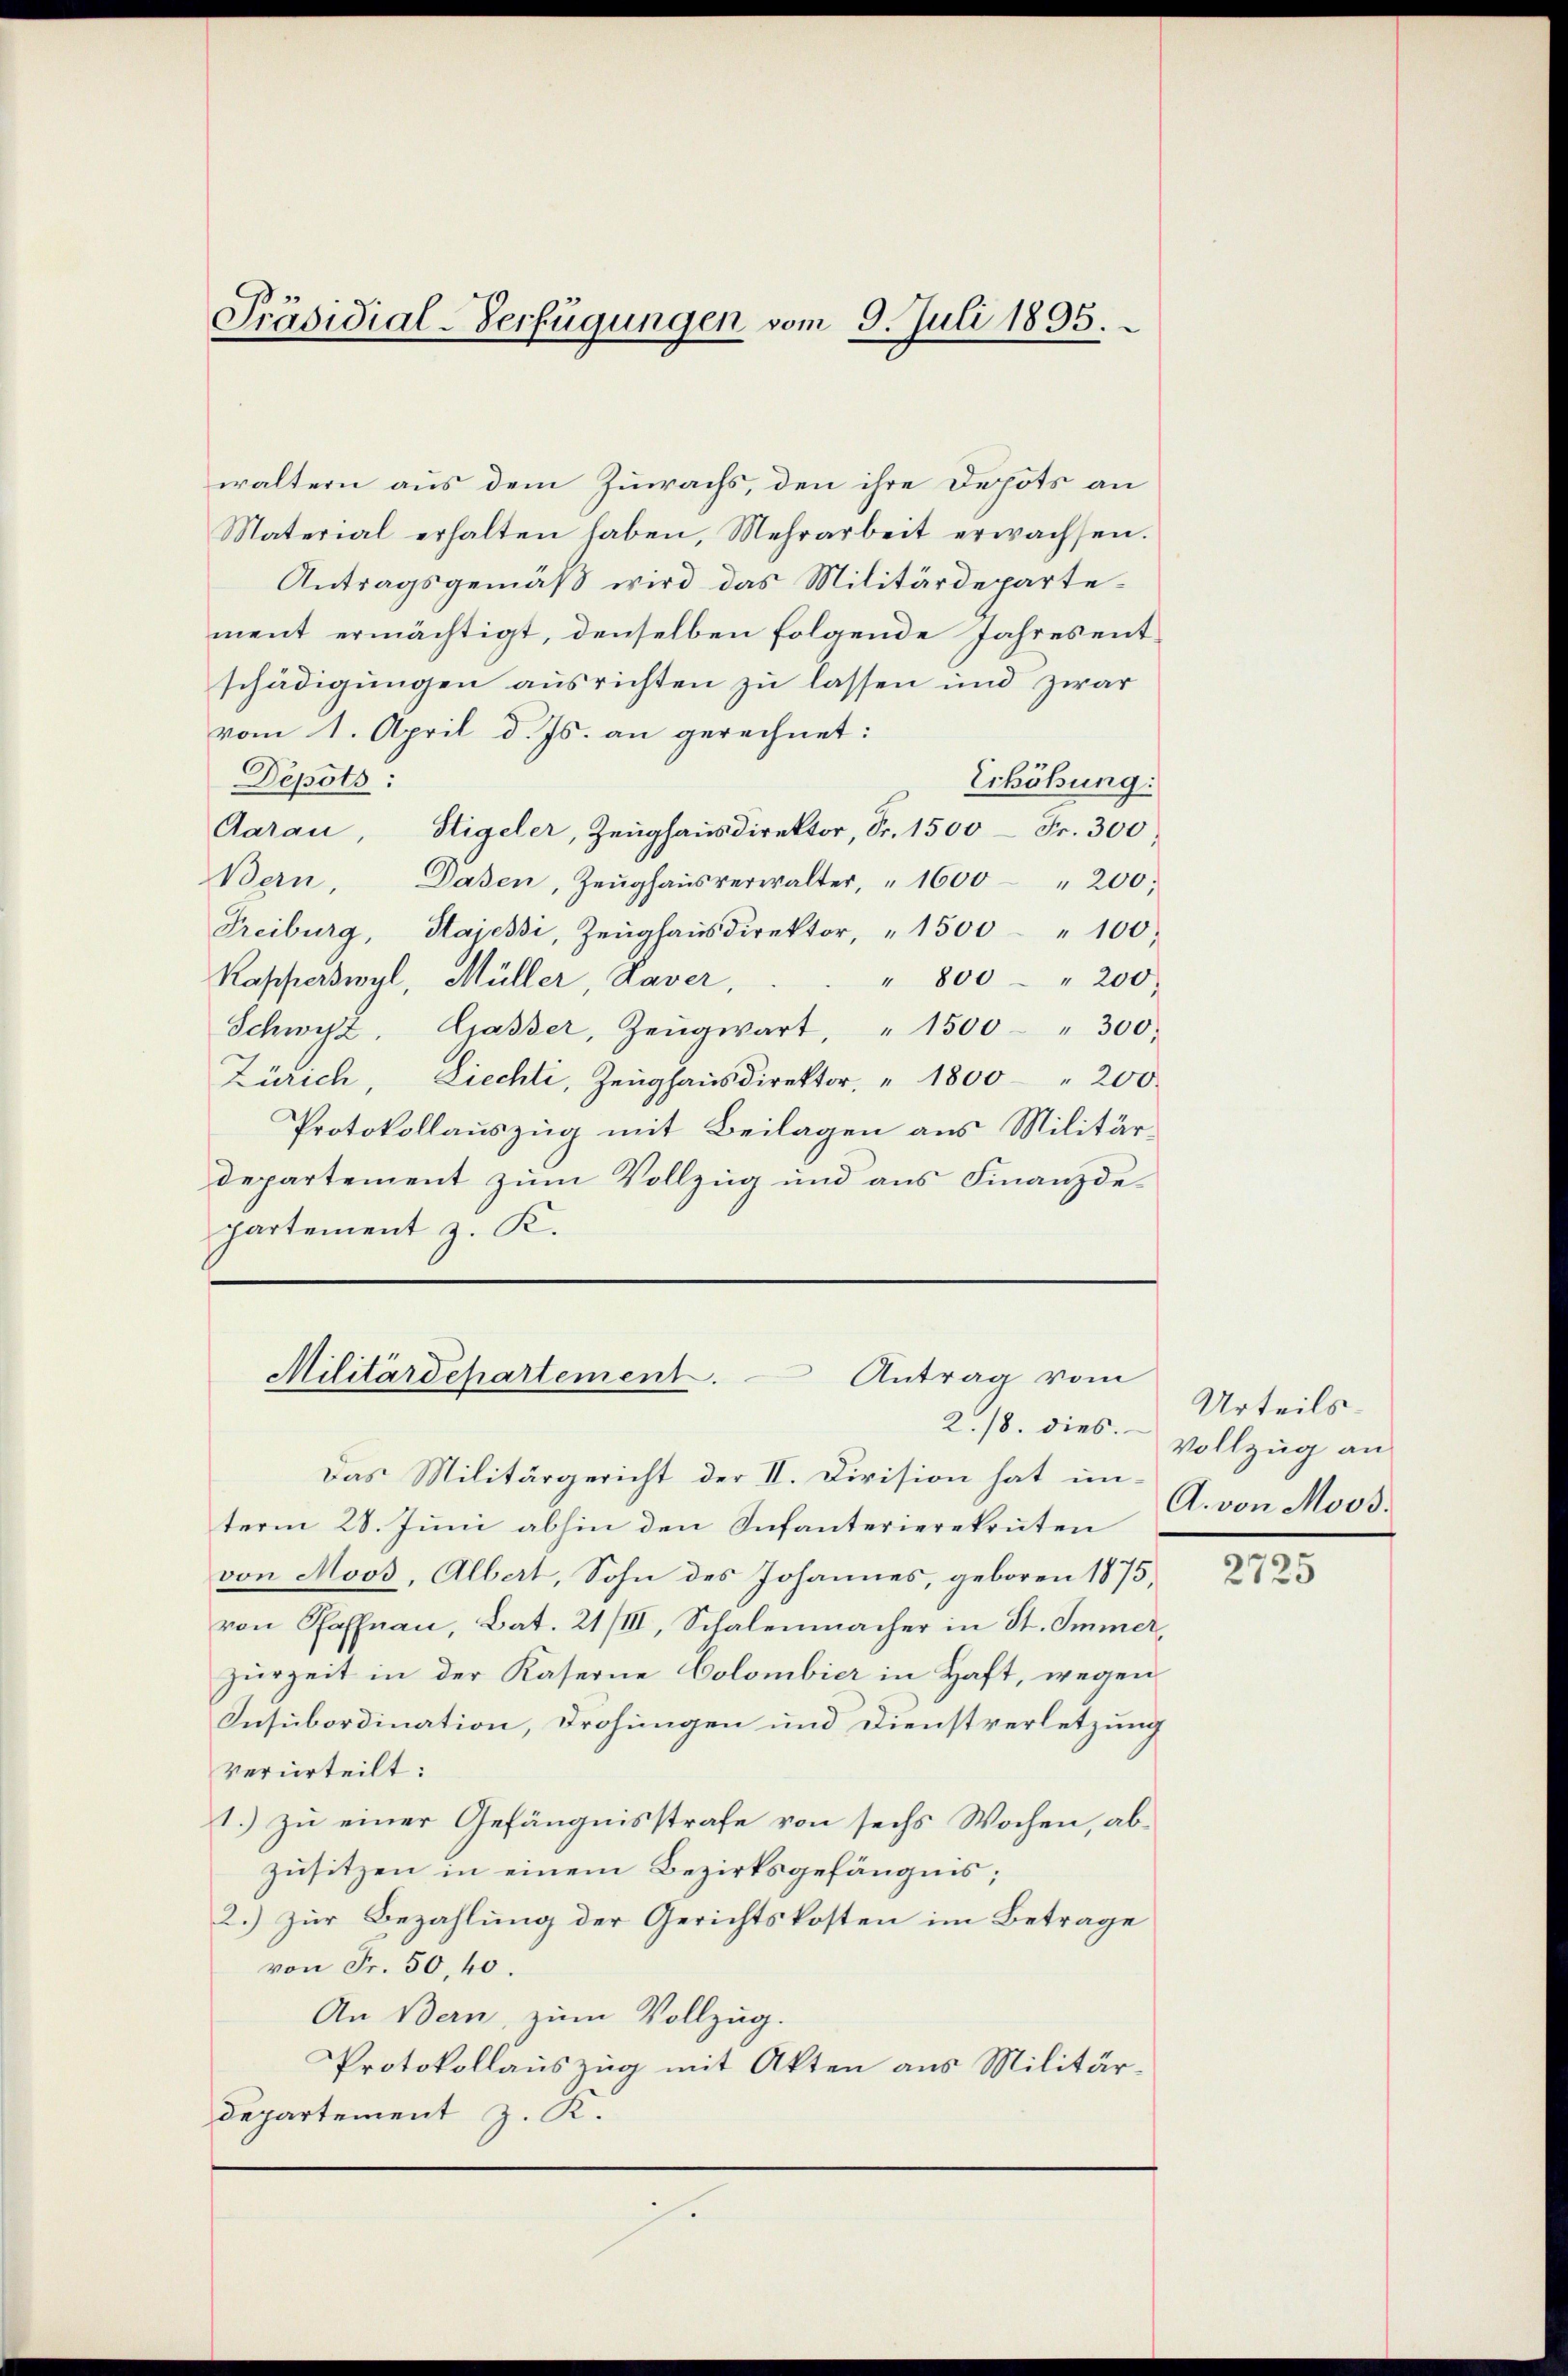
Präsidial-Verfügungen vom 9. Juli 1895.

waltern aus dem Zuwachs, den ihre Depots an
Material erhalten haben, Mehrarbeit erwachsen.
Antragsgemäß wird das Militärdepartement ermächtigt, denselben folgende Jahres entschädigungen ausrichten zu lassen und zwar
vom 1. April d. Js. an gerechnet:
Depots:
Erhöhung:
Aarau, Steigeler, Zeughausdirektor, Fr. 1500 Fr. 300
ern. Dasen, Zeŭghaŭsverwalter, " 1600 " 200;
Freiburg, Stajessi, Zeŭghaŭsdirektor, " 1500 " 100.
" 800 " 200.
Kapperswyl, Müller, Kaver,
Schwyz, Gasser, Zeŭgwart, " 1500 " 300.
Zürich, Liechti, Zeughausdirektor, " 1800 " 200
Protokollauszug mit Beilagen aus Militär-
departement zum Vollzug und aus Finanzdepartement z. K.

Militärdepartement. Antrag vom

Das Militärgericht der II. Division hat unterm 28. Juni abhin den Infanterierekruten
von Moos, Albert, Sohn des Johannes, geboren 1875,
von Hoffnau, Bat. 21/III, Schalenmacher in St. Immer
zurzeit in der Kaserne Colombier in Haft, wegen
Insubordination, Drohungen und Dienstverletzung
verurteilt:
1.) zu einer Gefängnisstrafe von sechs Wochen, ab¬
Zusitzen in einem Bezirksgefängnis;
2.) Zur Bezahlung der Gerichtskosten im Betrage
von Fr. 50, 40.
An Bern, zum Vollzug.
PProtokollauszug mit Akten aus Militär-
Departement z. R.

2./8. dies.

Urteils-
Vollzug an
A. von Moos.

n
2125